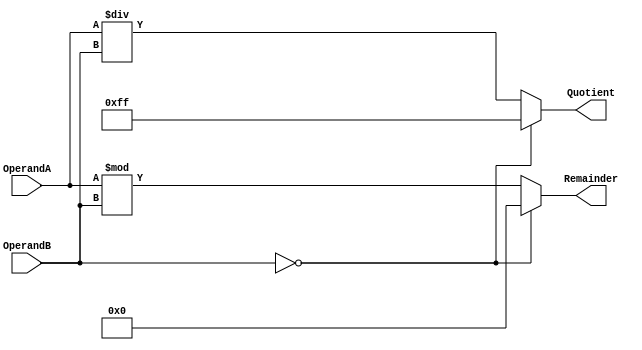
module Divider (
    input [7:0] OperandA,
    input [7:0] OperandB,
    output reg [7:0] Quotient,
    output reg [7:0] Remainder
);

always @ (*) begin
    if (OperandB == 8'h00) begin
        Quotient <= 8'hFF; // division by zero
        Remainder <= 8'h00;
    end else begin
        Quotient <= OperandA / OperandB;
        Remainder <= OperandA % OperandB;
    end
end

endmodule